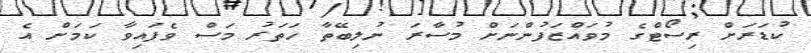
ކުޑަރަށް ރިސޯޓްގެ މުވައްޒަފުންނަށް މުސާރަ ނުލިބޭތާ ހަތަރު މަސް ވެފައިވާ ކަމަށް އެ